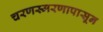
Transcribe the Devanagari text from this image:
चरणस्मरणापासून